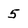
Character: 5